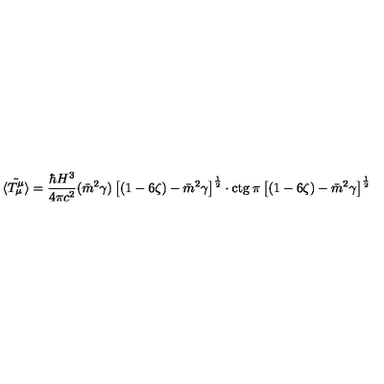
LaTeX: { \tilde { \langle T _ { \mu } ^ { \mu } \rangle } } = \frac { \hbar H ^ { 3 } } { 4 \pi c ^ { 2 } } ( \bar { m } ^ { 2 } \gamma ) \left\lbrack ( 1 - 6 \zeta ) - \bar { m } ^ { 2 } \gamma \right\rbrack ^ { \frac { 1 } { 2 } } \cdot \mathrm { c t g } \: \pi \left\lbrack ( 1 - 6 \zeta ) - \bar { m } ^ { 2 } \gamma \right\rbrack ^ { \frac { 1 } { 2 } }